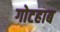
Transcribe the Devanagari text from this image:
गोटहाब